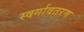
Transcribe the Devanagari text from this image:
स्वर्गावतरण